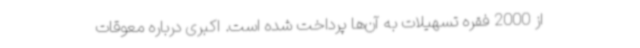
از 2000 فقره تسهیلات به آن‌ها پرداخت شده است. اکبری درباره معوقات